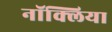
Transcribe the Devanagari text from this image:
नॉक्लिया